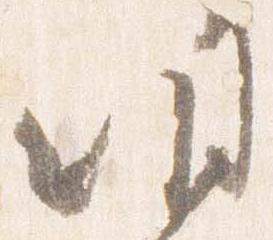
明